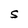
Character: s